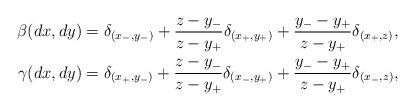
LaTeX: \begin{align*} \beta(dx,dy) &= \delta_{(x_-,y_-)} + \frac{z-y_-}{z-y_+}\delta_{(x_+,y_+)} + \frac{y_--y_+}{z-y_+}\delta_{(x_+,z)} , \\ \gamma(dx,dy) &= \delta_{(x_+,y_-)} + \frac{z-y_-}{z-y_+}\delta_{(x_-,y_+)} + \frac{y_--y_+}{z-y_+}\delta_{(x_-,z)},\end{align*}